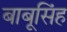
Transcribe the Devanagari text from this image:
बाबूसिंह